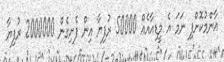
އާންމުކޮށްފި ނަމަ އެ މީޑިއާއެއް 50000 ރުފިޔާ އިން ފެށިގެން 2000000 ރުފިޔާ